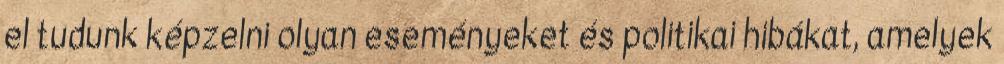
el tudunk képzelni olyan eseményeket és politikai hibákat, amelyek